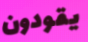
يقودون